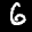
Digit: 6